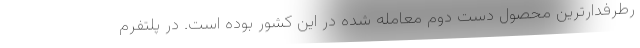
رطرفدارترین محصول دست دوم معامله شده در این کشور بوده است. در پلتفرم